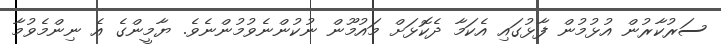
ސަރުކާރުން އުޅުމުން ފާޅުގައި އެކަމާ ދެކޮޅަށް މައުމޫން ނުކުންނެވުމުންނެވެ. ޔާމީންގެ އެ ނިންމެވުމާ